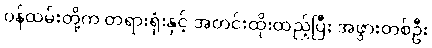
ဝန်ထမ်းတို့က တရားရုံးနှင့် အတင်းထိုးထည့်ပြီး အဖွားတစ်ဦး